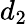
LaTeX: d_{2}